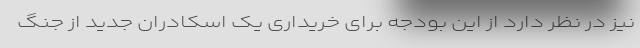
نیز در نظر دارد از این بودجه برای خریداری یک اسکادران جدید از جنگ